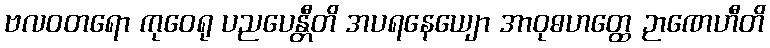
ဗလဝတရော ကုဝေရု ပညပေန္တီတိ အပရနေယျော အာဝုဓဟတ္ထေ ဉာဏေဟီတိ